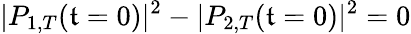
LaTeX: |P_{1,T}(\mathfrak{t}=0)|^{2}-|P_{2,T}(\mathfrak{t}=0)|^{2}=0